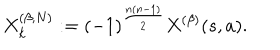
LaTeX: X _ { k } ^ { ( \beta , N ) } : = ( - 1 ) ^ { \frac { n ( n - 1 ) } { 2 } } X ^ { ( \beta ) } ( s , a ) .